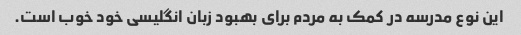
این نوع مدرسه در کمک به مردم برای بهبود زبان انگلیسی خود خوب است.